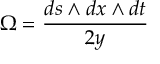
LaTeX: \Omega = \frac { d s \wedge d x \wedge d t } { 2 y }